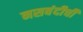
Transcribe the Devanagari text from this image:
नसबंदीची